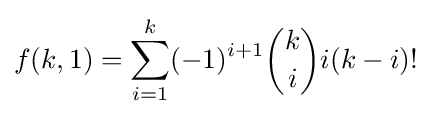
f(k,1)=\sum _{i=1}^{k}(-1)^{i+1}{k \choose i}i(k-i)!